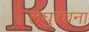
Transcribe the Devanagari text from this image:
लघुरचना